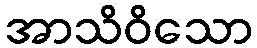
အာသိဝိသော